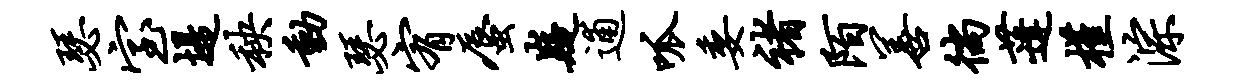
瑟室堤秧动瑟宥蜃嶷逋呱委褚陌善徜蓬槿淙